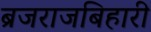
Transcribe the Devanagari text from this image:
ब्रजराजबिहारी